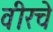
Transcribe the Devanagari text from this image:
वीरचे